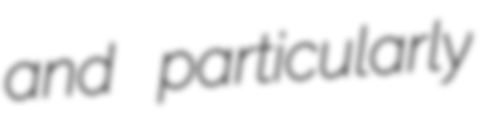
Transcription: and particularly